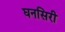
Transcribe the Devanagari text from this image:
घनसिरी